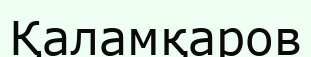
Қаламқаров